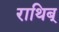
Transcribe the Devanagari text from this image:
राथिब्